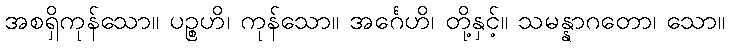
အစရှိကုန်သော။ ပဉ္စဟိ၊ ကုန်သော။ အင်္ဂေဟိ၊ တို့နှင့်။ သမန္နာဂတော၊ သော။